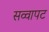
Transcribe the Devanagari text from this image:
सव्वापट